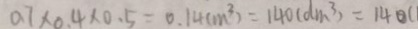
0 . 7 \times 0 . 4 \times 0 . 5 = 0 . 1 4 ( m ^ { 3 } ) = 1 4 0 ( d m ^ { 3 } ) = 1 4 0 ( d m ^ { 3 } ) = 1 4 ( m ^ { 3 } ) = 1 4 0 ( d m ^ { 3 } ) = 1 4 0 c